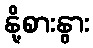
နို့စားနွား